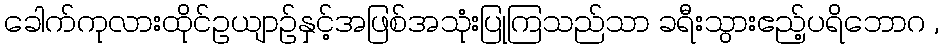
ခေါက်ကုလားထိုင်ဥယျာဉ်နှင့်အဖြစ်အသုံးပြုကြသည်သာ ခရီးသွားဧည့်ပရိဘောဂ ,